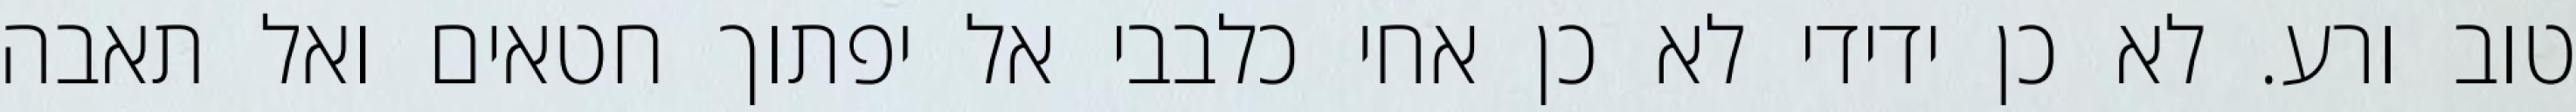
טוב ורע. לא כן ידידי לא כן אחי כלבבי אל יפתוך חטאים ואל תאבה